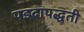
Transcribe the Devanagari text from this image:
पडदापद्धती